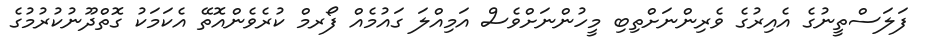
ފަލަސްތީނުގެ އެއިރުގެ ވެރިންނަށްތިބި މީހުންނަށްވެސް އަމިއްލަ ގައުމެއް ފޯރމް ކުރެވެންއޮތޭ އެކަމަކު ގޮތްދޫނުކުރުމުގެ